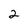
Character: 2